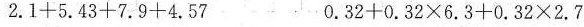
2.1+5.43+7.9+4.57 0.32+0.32×6.3+0.32×2.7